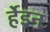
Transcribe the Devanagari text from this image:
र्हेइन